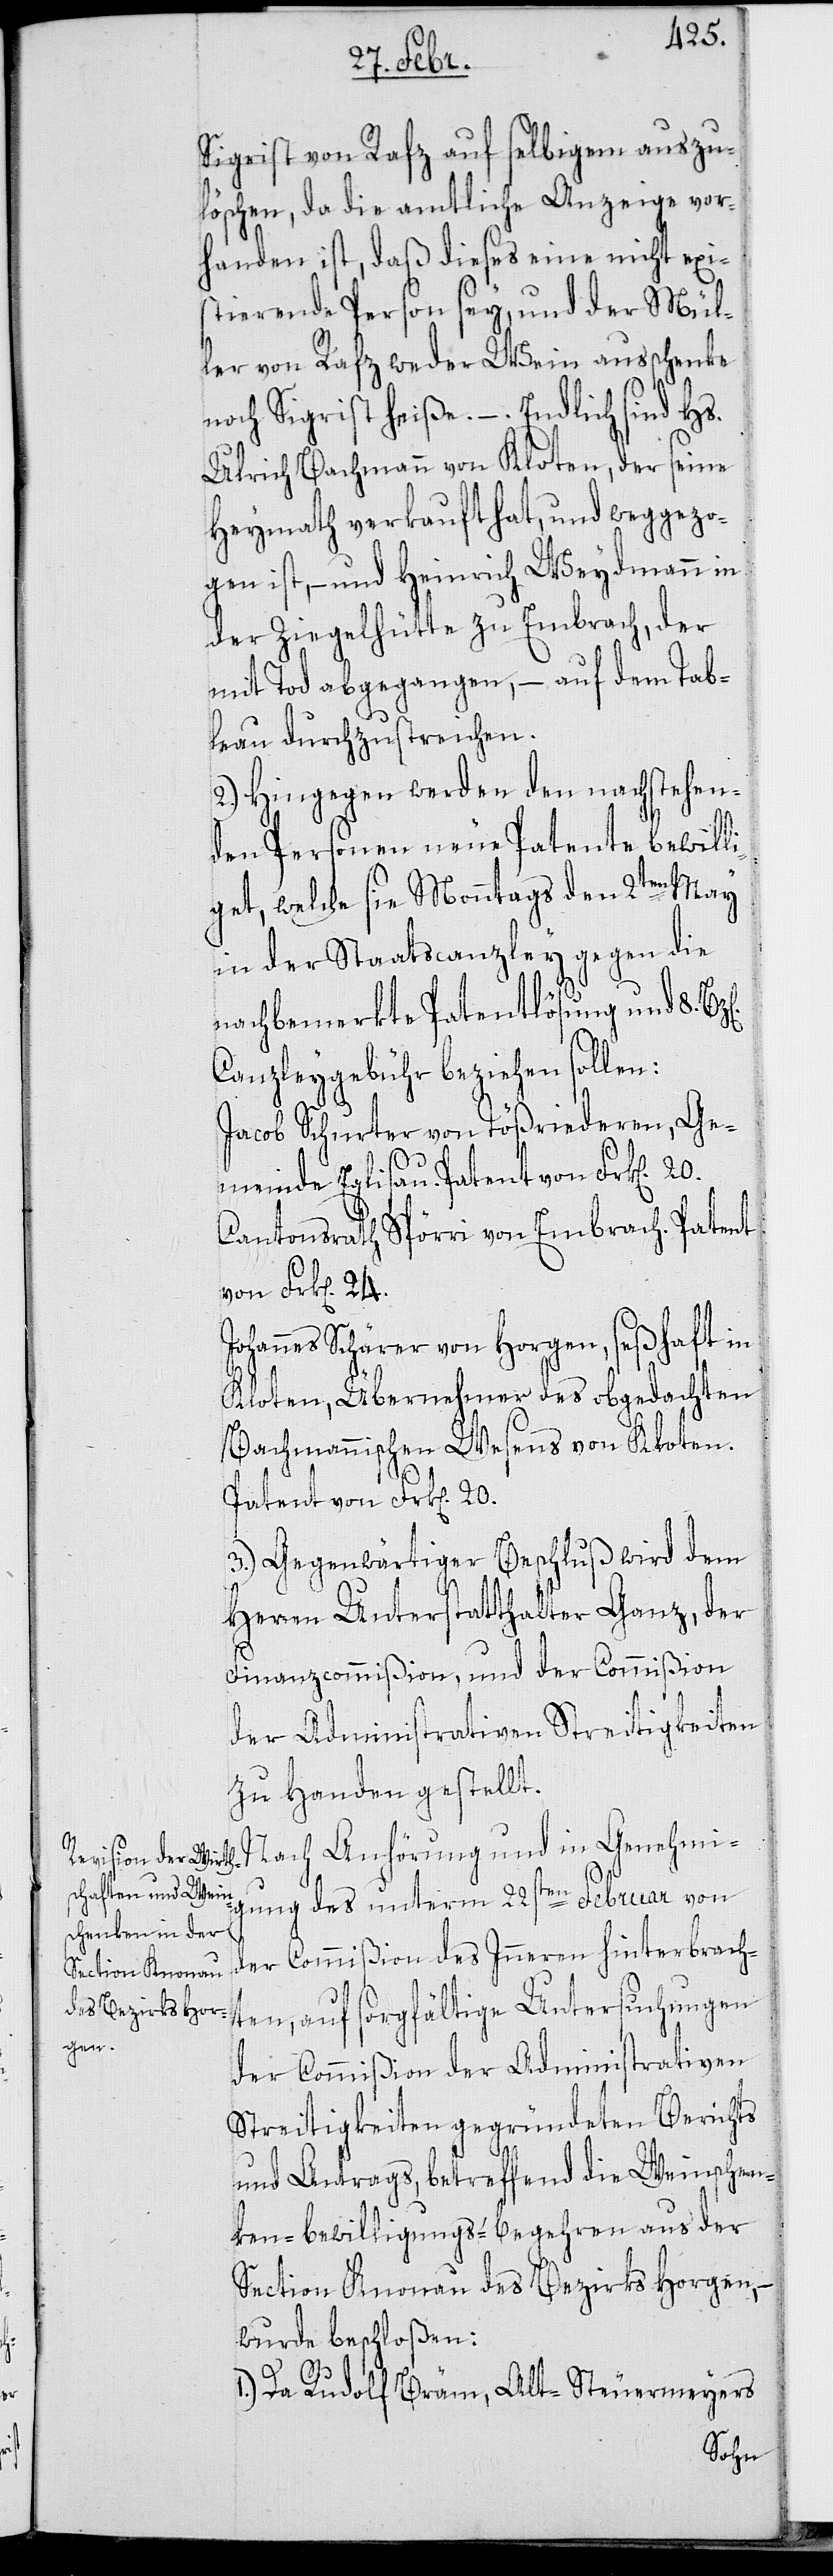
Sigrist von Rafz auf selbigem auszu¬
löschen, da die amtliche Anzeige vor¬
handen ist, daß dieses eine nicht exi¬
stierende Person sey, und der Mül¬
ler von Rafz weder Wein ausschenke
noch Sigrist heiße. – Endlich sind Hs.
Ulrich Bachmann von Kloten, der seine
Heimat verkauft hat und weggezo¬
gen ist, – und Heinrich Weydmann in
der Ziegelhütte zu Embrach, der
mit Tod abgegangen, – auf dem Tab¬
leau durchzustreichen.
2.) Hingegen werden den nachstehen¬
den Personen neue Patente bewill¬
iget, welche sie Monntags den 2ten May
in der Staatscanzley gegen die
24.
nachbemerkte Patentlösung und 8 Bz[e¬
Canzleygebühr beziehen sollen:
Jacob Schurter von Tößriederen, Ge¬
meinde Eglisau. Patent von Frk[en].
Cantonsrath Spörri von Embrach. Patent
von Frk[en].
Johannes Schärer von Horgen, seßhaft in
Kloten, Übernehmer des obgedachten
Bachmannischen Wesens von Kloten.
Patent von Frk[en]. 20.
3.) Gegenwärtiger Beschluß wird dem
Herren Unterstatthalter Ganz, der
Finanzcommißion und der Commißion
der Administrativen Streitigkeiten
zu Handen gestellt.
Nach Anhörung und in Genehmi¬
gung des unterm 22sten Februar von
der Commißion des Inneren hinterbrach¬
ten, auf sorgfältige Untersuchungen
der Commißion der Administrativen
Streitigkeiten gegründeten Berichts
und Antrags, betreffend die Weinschen¬
ken-Bewilligungs-Begehren aus der
Section Knonau des Bezirks Horgen,
wurde beschloßen:
1.) Da Rudolf Bräm, Alt-Steuermeyers